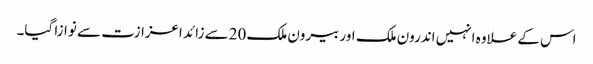
اس کے علاوہ انہیں اندرون ملک اور بیرون ملک 20سے زائد اعزازت سے نوازا گیا۔